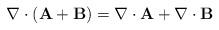
LaTeX: \begin{align*}\nabla\cdot\left(\mathbf{A}+\mathbf{B}\right)=\nabla\cdot\mathbf{A}+\nabla\cdot\mathbf{B}\end{align*}